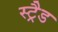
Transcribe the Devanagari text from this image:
स्ट्रैड